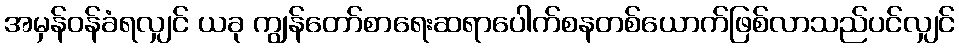
အမှန်ဝန်ခံရလျှင် ယခု ကျွန်တော်စာရေးဆရာပေါက်စနတစ်ယောက်ဖြစ်လာသည်ပင်လျှင်